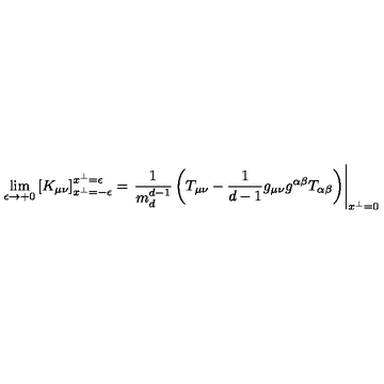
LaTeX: \lim _ { \epsilon \to + 0 } \left[ K _ { \mu \nu } \right] _ { x ^ { \perp } = - \epsilon } ^ { x ^ { \perp } = \epsilon } = \left. \frac { 1 } { m _ { d } ^ { d - 1 } } \left( T _ { \mu \nu } - \frac { 1 } { d - 1 } g _ { \mu \nu } g ^ { \alpha \beta } T _ { \alpha \beta } \right) \right| _ { x ^ { \perp } = 0 }